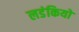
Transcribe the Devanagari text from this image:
लडंकियो